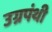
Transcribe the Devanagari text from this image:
उग्रपंथी